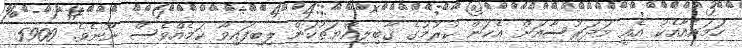
ހަމައެއާއެކު އެއީ މަދަރުސާއަށް އެކަން ކުރުމުގެ ގާބިލިއްޔަތުކަން ލިބިފައިވާ ކަމެއްވެސް ނޫނެވެ. 5900